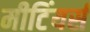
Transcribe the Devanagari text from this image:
मीटिंयर्स